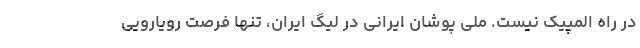
در راه المپیک نیست. ملی پوشان ایرانی در لیگ ایران، تنها فرصت رویارویی